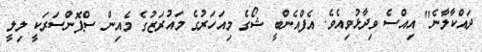
ދައްކާލާނެ" އިއްސެ ވިދާޅުވިއެވެ. އެފްއެންބީ ޝޯގެ މިއަހަރުގެ މައުރަޒުގެ މެއިން ސްޕޮންސަރަކީ ލިލީ